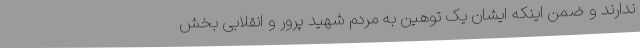
ندارند و ضمن اینکه ایشان یک توهین به مردم شهید پرور و انقلابی بخش